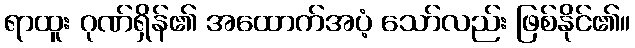
ရာထူး ဂုဏ်ရှိန်၏ အထောက်အပံ့ သော်လည်း ဖြစ်နိုင်၏။